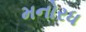
મનોરધ